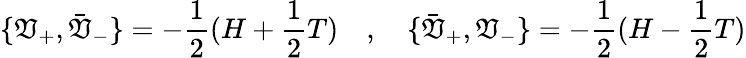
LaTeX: \lbrace\mathfrak{V}_{+},\bar{{\mathfrak{V}}}_{-}\rbrace=-{\frac{{1}}{{2}}}(H+{\frac{{1}}{{2}}}T)\quad,\quad\lbrace\bar{{\mathfrak{V}}}_{+},\mathfrak{V}_{-}\rbrace=-{\frac{{1}}{{2}}}(H-{\frac{{1}}{{2}}}T)